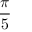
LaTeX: \frac { \pi } { 5 }